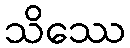
သိဿေ